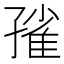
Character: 𡦓